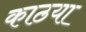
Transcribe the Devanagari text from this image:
काठया